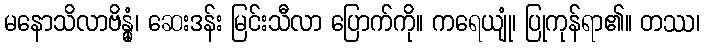
မနောသိလာဗိန္ဓုံ၊ ဆေးဒန်း မြင်းသီလာ ပြောက်ကို။ ကရေယျုံ၊ ပြုကုန်ရာ၏။ တဿ၊